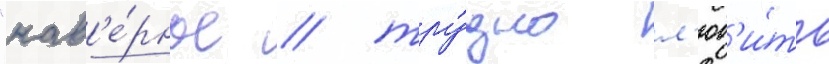
"нав'е́рное / тру́дно л'юб'и́ть